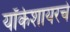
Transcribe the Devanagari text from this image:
यॉर्कशायरचे